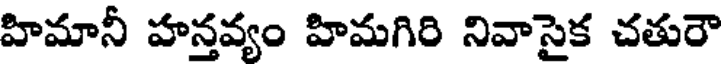
హిమానీ హన్తవ్యం హిమగిరి నివాసైక చతురౌ